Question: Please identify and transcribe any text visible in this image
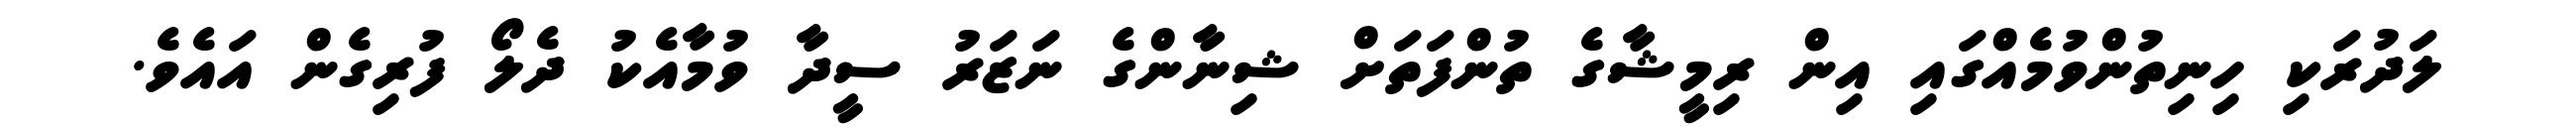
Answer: ލަދުރަކި ހިނިތުންވުމެއްގައި އިން ރިމީޝާގެ ތުންފަތަށް ޝިނާންގެ ނަޒަރު ސީދާ ވުމާއެކު ދެލޯ ފުރިގެން އައެވެ.